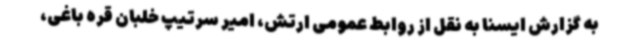
به گزارش ایسنا به نقل از روابط عمومی ارتش، امیر سرتیپ خلبان قره باغی،